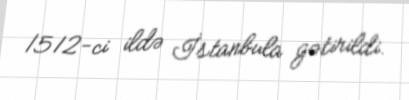
1512-ci ildə İstanbula gətirildi.